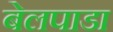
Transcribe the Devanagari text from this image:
बेलपाडा